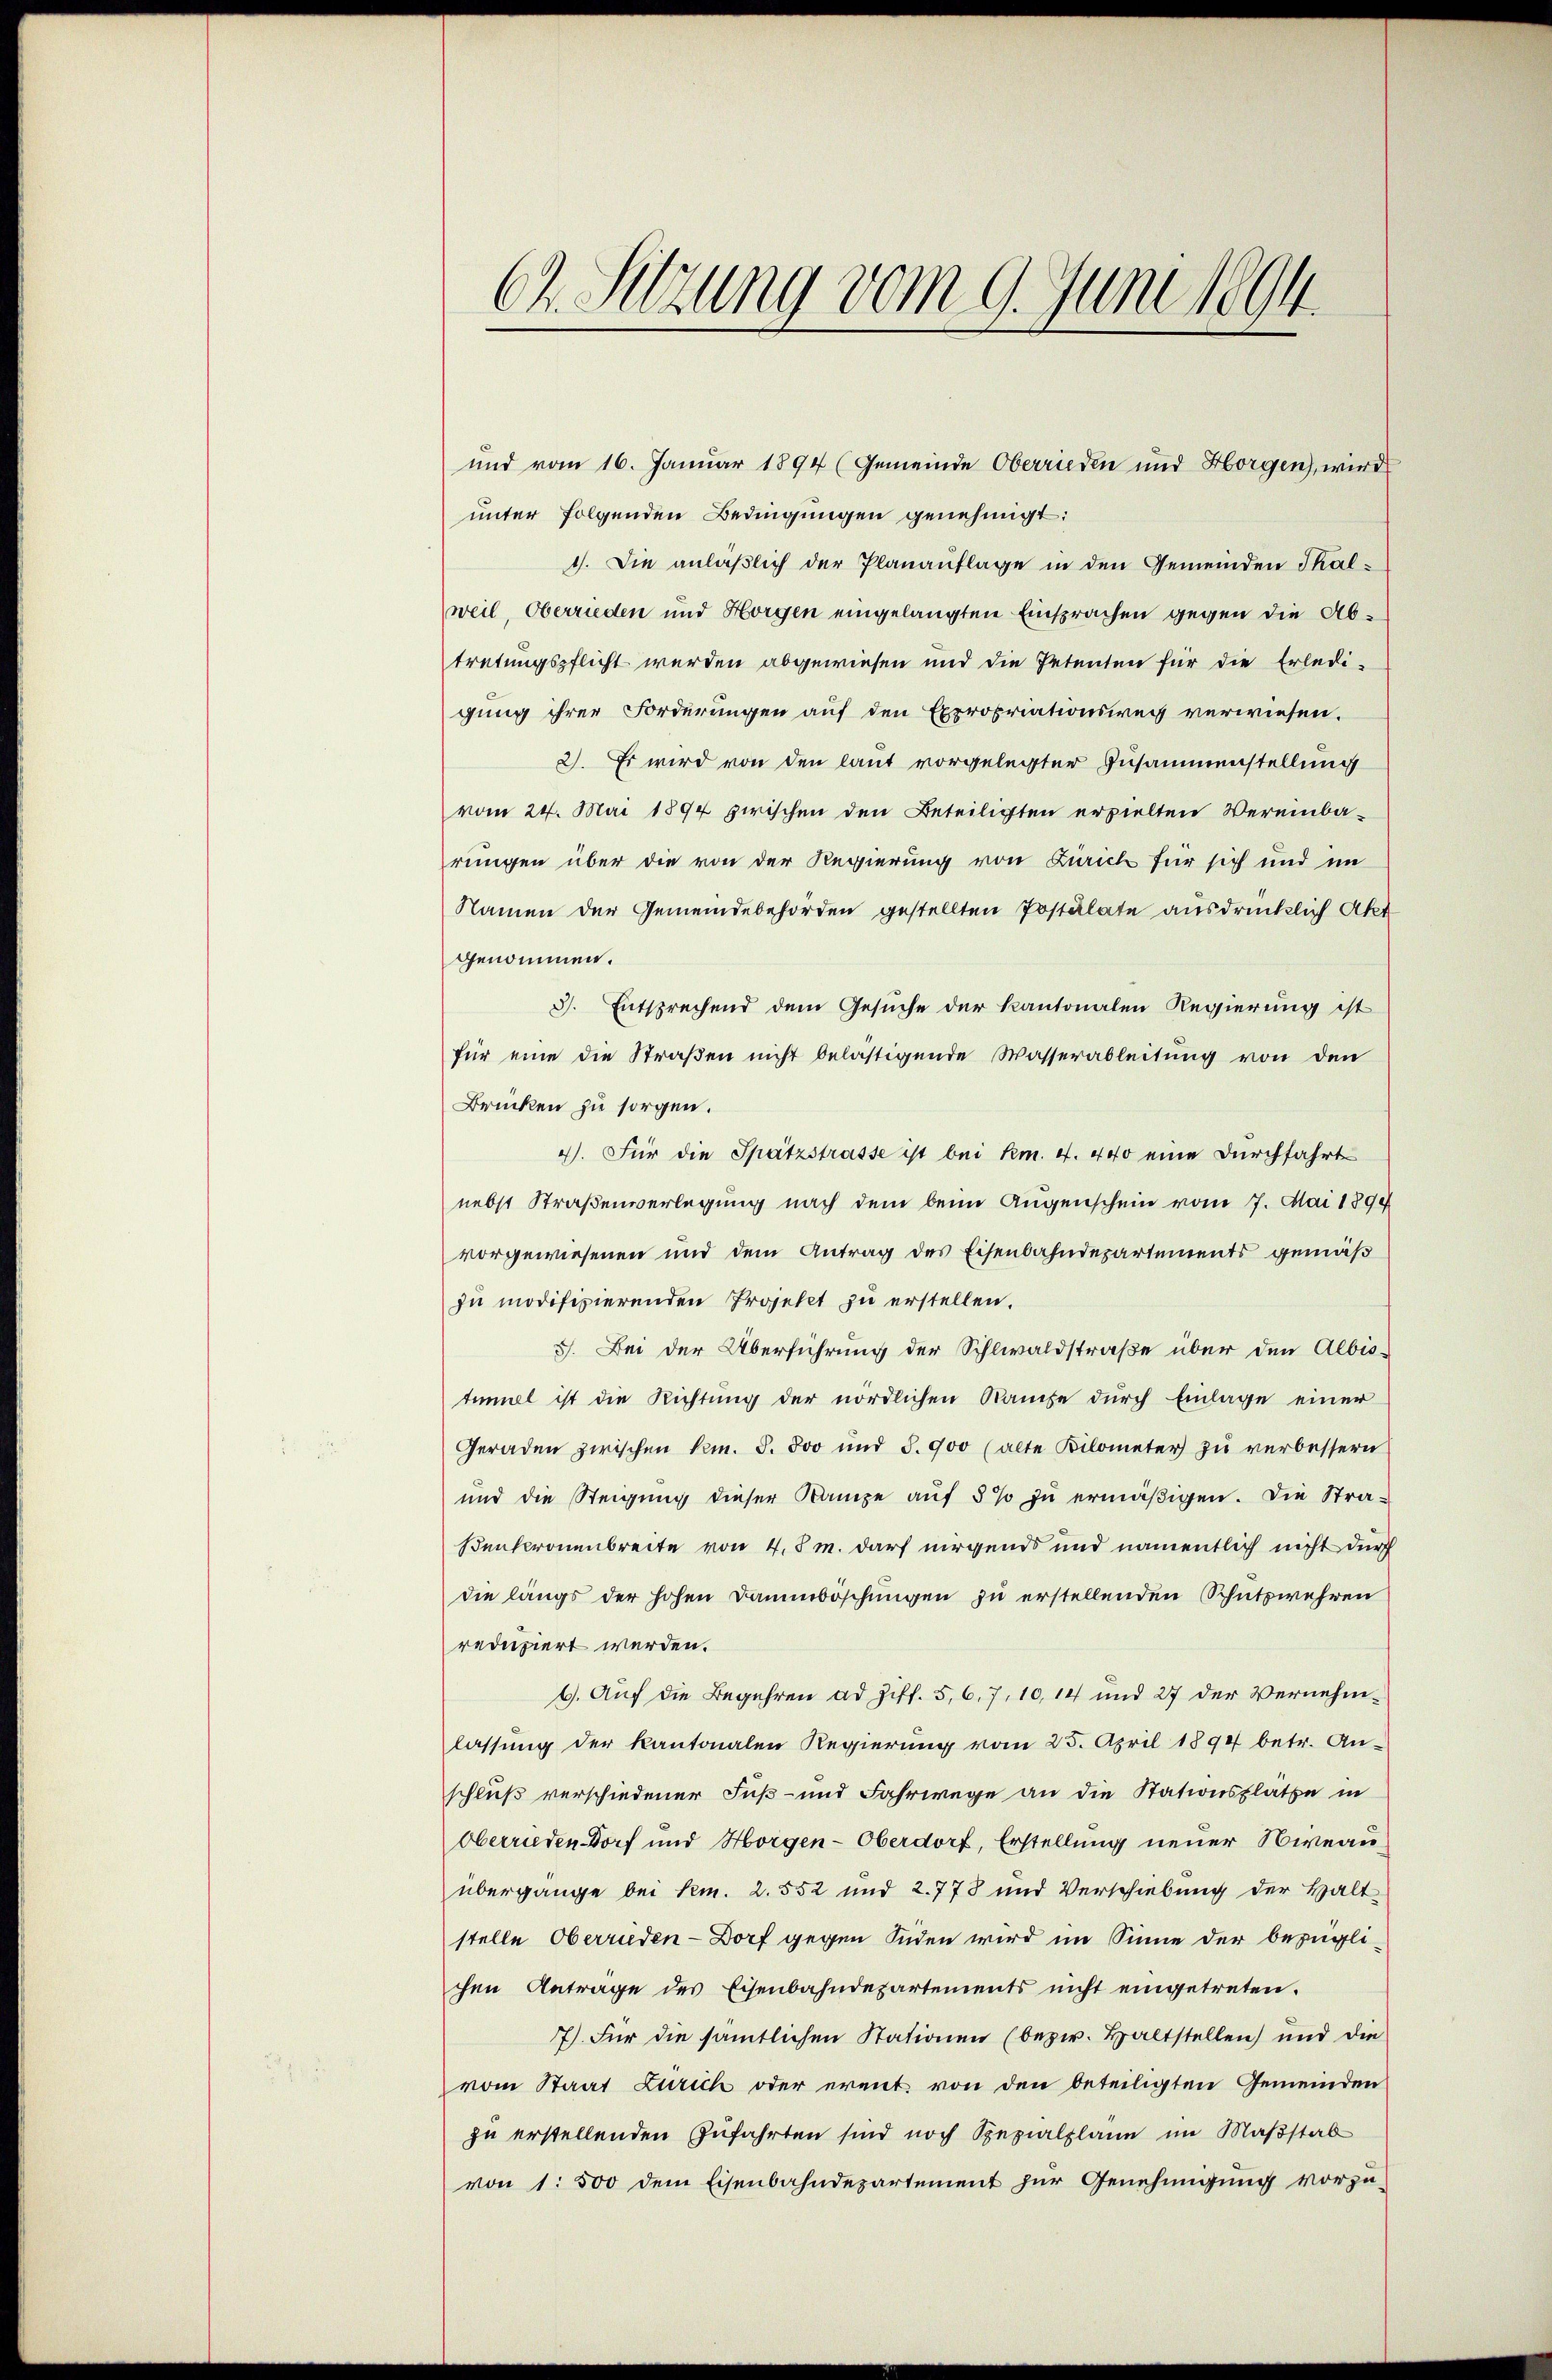
und vom 16. Januar 1894 (Gemeinde Oberrieden und Horgen, wird
unter folgenden Bedingungen genehmigt:
1). Die anläßlich der Planauflage in den Gemeinden Thalweil, Oberrieden und Horgen eingelangten Einsprachen gegen die Abtretungspflicht werden abgewiesen und die Petenten für die Erledi-
gung ihrer Forderungen auf den Expropriationsweis verwiesen.
2). Es wird von den laut vorgelegter Zusammenstellung
vom 24. Mai 1894 zwischen den Beteiligten erpielten Vereinba-
rungen über die von der Regierung von Zürich für sich und im
Namen der Gemeindebehörden gestellten Postulate ausdrücklich Akt
genommen.
3. Entsprechend dem Gesuche der Kantonalen Regierung ist
für eine die Straβen nicht belästigende Wasserableitung von den
Brücken zu sorgen.
4). Für die Spatzstrasse ist bei Km. 4. 440 eine Durchfahrt
nebst Straßensverlegung nach dem beim Augenschein vom 7. Mai 1890
vorgewiesenen und dem Antrag des Eisenbahndepartements gemäß
zu modifizierenden Projekt zu erstellen.
3. Bei der Überführung der Sihlwaldstraße über den Albis-
timmel ist die Richtung der nördlichen Kaufe durch Einlage einer
Geraden zwischen kam. S. 3oo und S. 900 (alte Kilometer zŭ verbessern
und die Steigung dieser Kampe auf 5% zu ermäßigen. Die Stra¬
Benkronenbreite von 4,5 m. darf nirgends und namentlich nicht durch
die längs der hohen Dammböschungen zu erstellenden Schutzwehren
reduziert werden.
6. Auf die Begehren ad Ziff. 5, 6, 7, 10,14 und 27 der Vernehm.
lassung der kantonalen Regierung vom 25. April 1894 betr. An-
schluß verschiedener Fuß- und Fahrwege an die Stationsplätze in
Oberrieden Dorf und Horgen-Oberdorf, Erstellung neuer Niveauübergange bei Rm. 2. 552 und 2. 778 und Verschiebung der Halt
stelle Oberrieden-Dorf gegen Süden wird im Sinne der bezügli-
chen Antrage des Eisenbahndepartements nicht eingetreten.
7) Für die sämtlichen Stationen (bezw. Haltstellen) und die
vom Staat Zürich oder erent von den beteiligten Gemeinden
zu erstellenden Zufahrten sind noch Spezialplane im Maßstab
von 1. 500 dem Eisenbahndepartement zur Genehmigung vorzu-

67. Sitzung vom 9. Juni 1894.